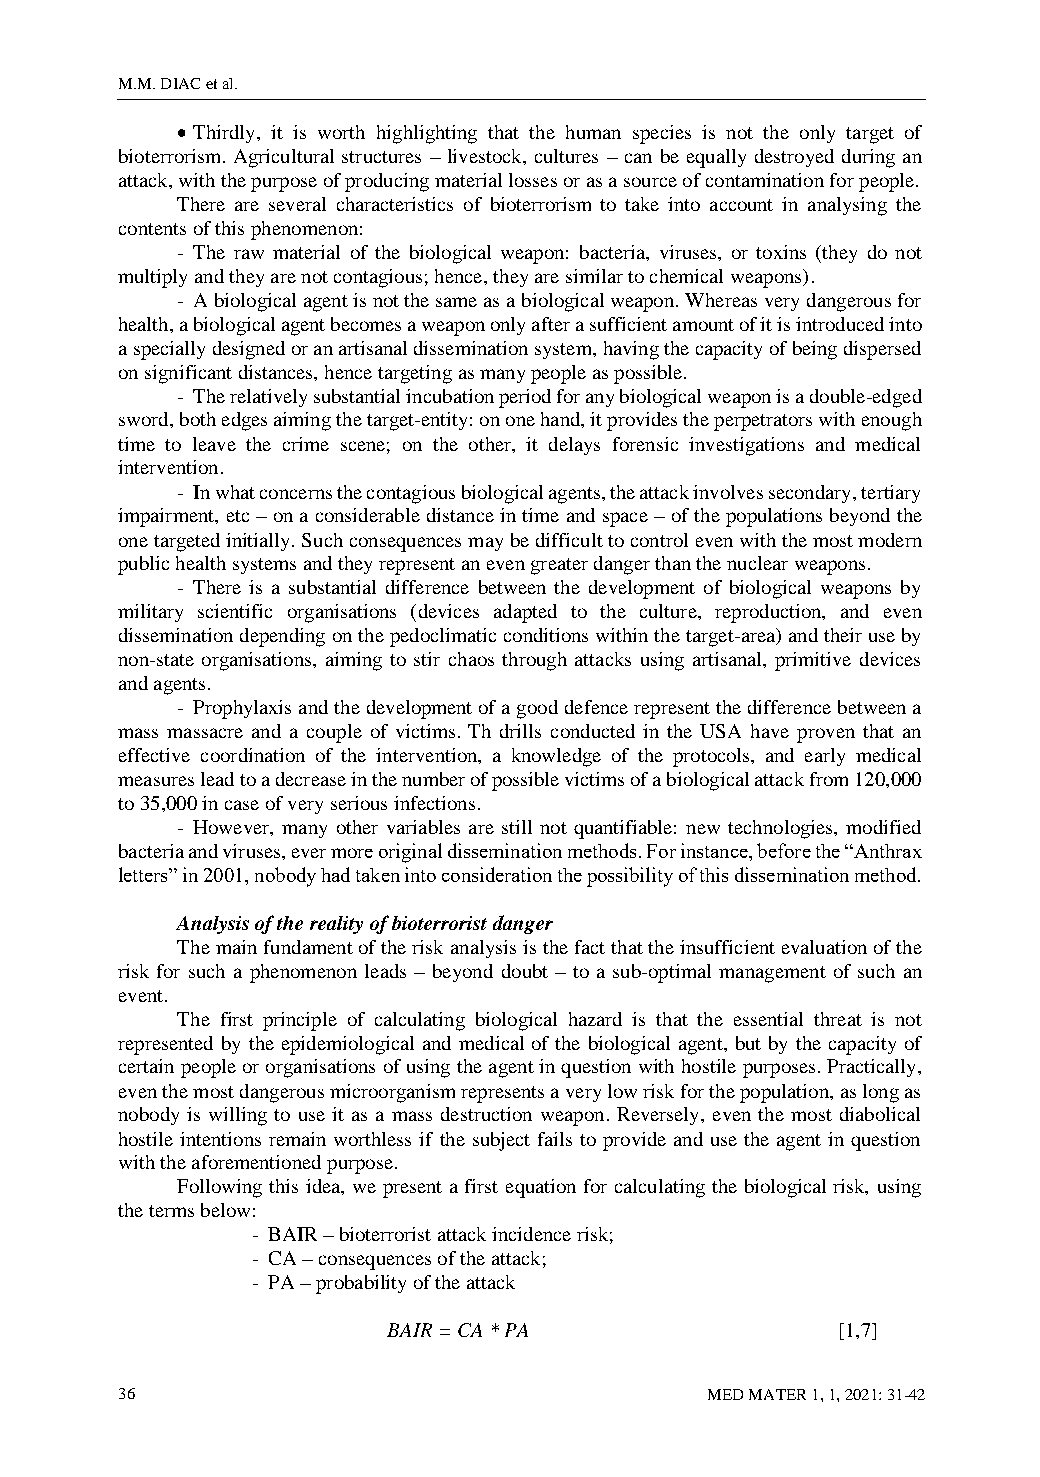
M.M. DIAC et al.
 • Thirdly, it is worth highlighting that the human species is not the only target of
 bioterrorism. Agricultural structures – livestock, cultures – can be equally destroyed during an
 attack, with the purpose of producing material losses or as a source of contamination for people.
 There are several characteristics of bioterrorism to take into account in analysing the
 contents of this phenomenon:
 - The raw material of the biological weapon: bacteria, viruses, or toxins (they do not
 multiply and they are not contagious; hence, they are similar to chemical weapons).
 - A biological agent is not the same as a biological weapon. Whereas very dangerous for
 health, a biological agent becomes a weapon only after a sufficient amount of it is introduced into
 a specially designed or an artisanal dissemination system, having the capacity of being dispersed
 on significant distances, hence targeting as many people as possible.
 - The relatively substantial incubation period for any biological weapon is a double-edged
 sword, both edges aiming the target-entity: on one hand, it provides the perpetrators with enough
 time to leave the crime scene; on the other, it delays forensic investigations and medical
 intervention.
 - In what concerns the contagious biological agents, the attack involves secondary, tertiary
 impairment, etc – on a considerable distance in time and space – of the populations beyond the
 one targeted initially. Such consequences may be difficult to control even with the most modern
 public health systems and they represent an even greater danger than the nuclear weapons.
 - There is a substantial difference between the development of biological weapons by
 military scientific organisations (devices adapted to the culture, reproduction, and even
 dissemination depending on the pedoclimatic conditions within the target-area) and their use by
 non-state organisations, aiming to stir chaos through attacks using artisanal, primitive devices
 and agents.
 - Prophylaxis and the development of a good defence represent the difference between a
 mass massacre and a couple of victims. Th drills conducted in the USA have proven that an
 effective coordination of the intervention, a knowledge of the protocols, and early medical
 measures lead to a decrease in the number of possible victims of a biological attack from 120,000
 to 35,000 in case of very serious infections.
 - However, many other variables are still not quantifiable: new technologies, modified
 bacteria and viruses, ever more original dissemination methods. For instance, before the “Anthrax
 letters” in 2001, nobody had taken into consideration the possibility of this dissemination method.
 Analysis of the reality of bioterrorist danger
 The main fundament of the risk analysis is the fact that the insufficient evaluation of the
 risk for such a phenomenon leads – beyond doubt – to a sub-optimal management of such an
 event.
 The first principle of calculating biological hazard is that the essential threat is not
 represented by the epidemiological and medical of the biological agent, but by the capacity of
 certain people or organisations of using the agent in question with hostile purposes. Practically,
 even the most dangerous microorganism represents a very low risk for the population, as long as
 nobody is willing to use it as a mass destruction weapon. Reversely, even the most diabolical
 hostile intentions remain worthless if the subject fails to provide and use the agent in question
 with the aforementioned purpose.
 Following this idea, we present a first equation for calculating the biological risk, using
 the terms below:
 - BAIR – bioterrorist attack incidence risk;
 - CA – consequences of the attack;
 - PA – probability of the attack
 BAIR = CA * PA               [1,7]
 36                                     MED MATER 1, 1, 2021: 31-42